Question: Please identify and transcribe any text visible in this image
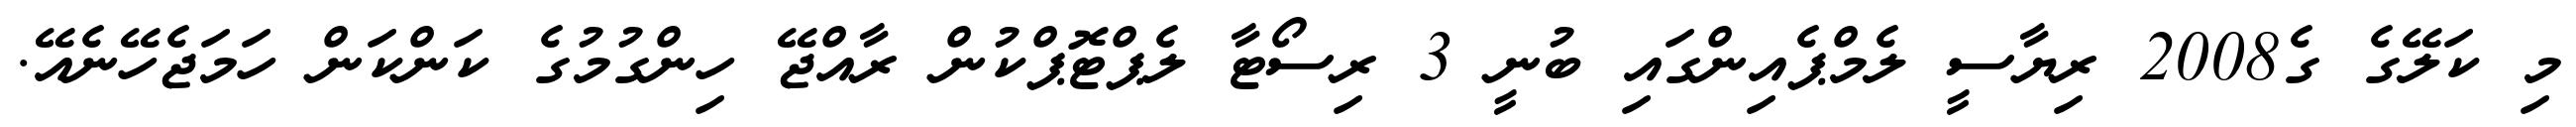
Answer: މި ކަލޭގެ ގެ2008 ރިޔާސީ ލެމްޕެއިންގައި ބުނީ 3 ރިސޯޓާ ލެޕްޓޮޕްކުން ރާއްޖޭ ހިންގުމުގެ ކަންކަން ހަމަޖެހޭނެއޭ.